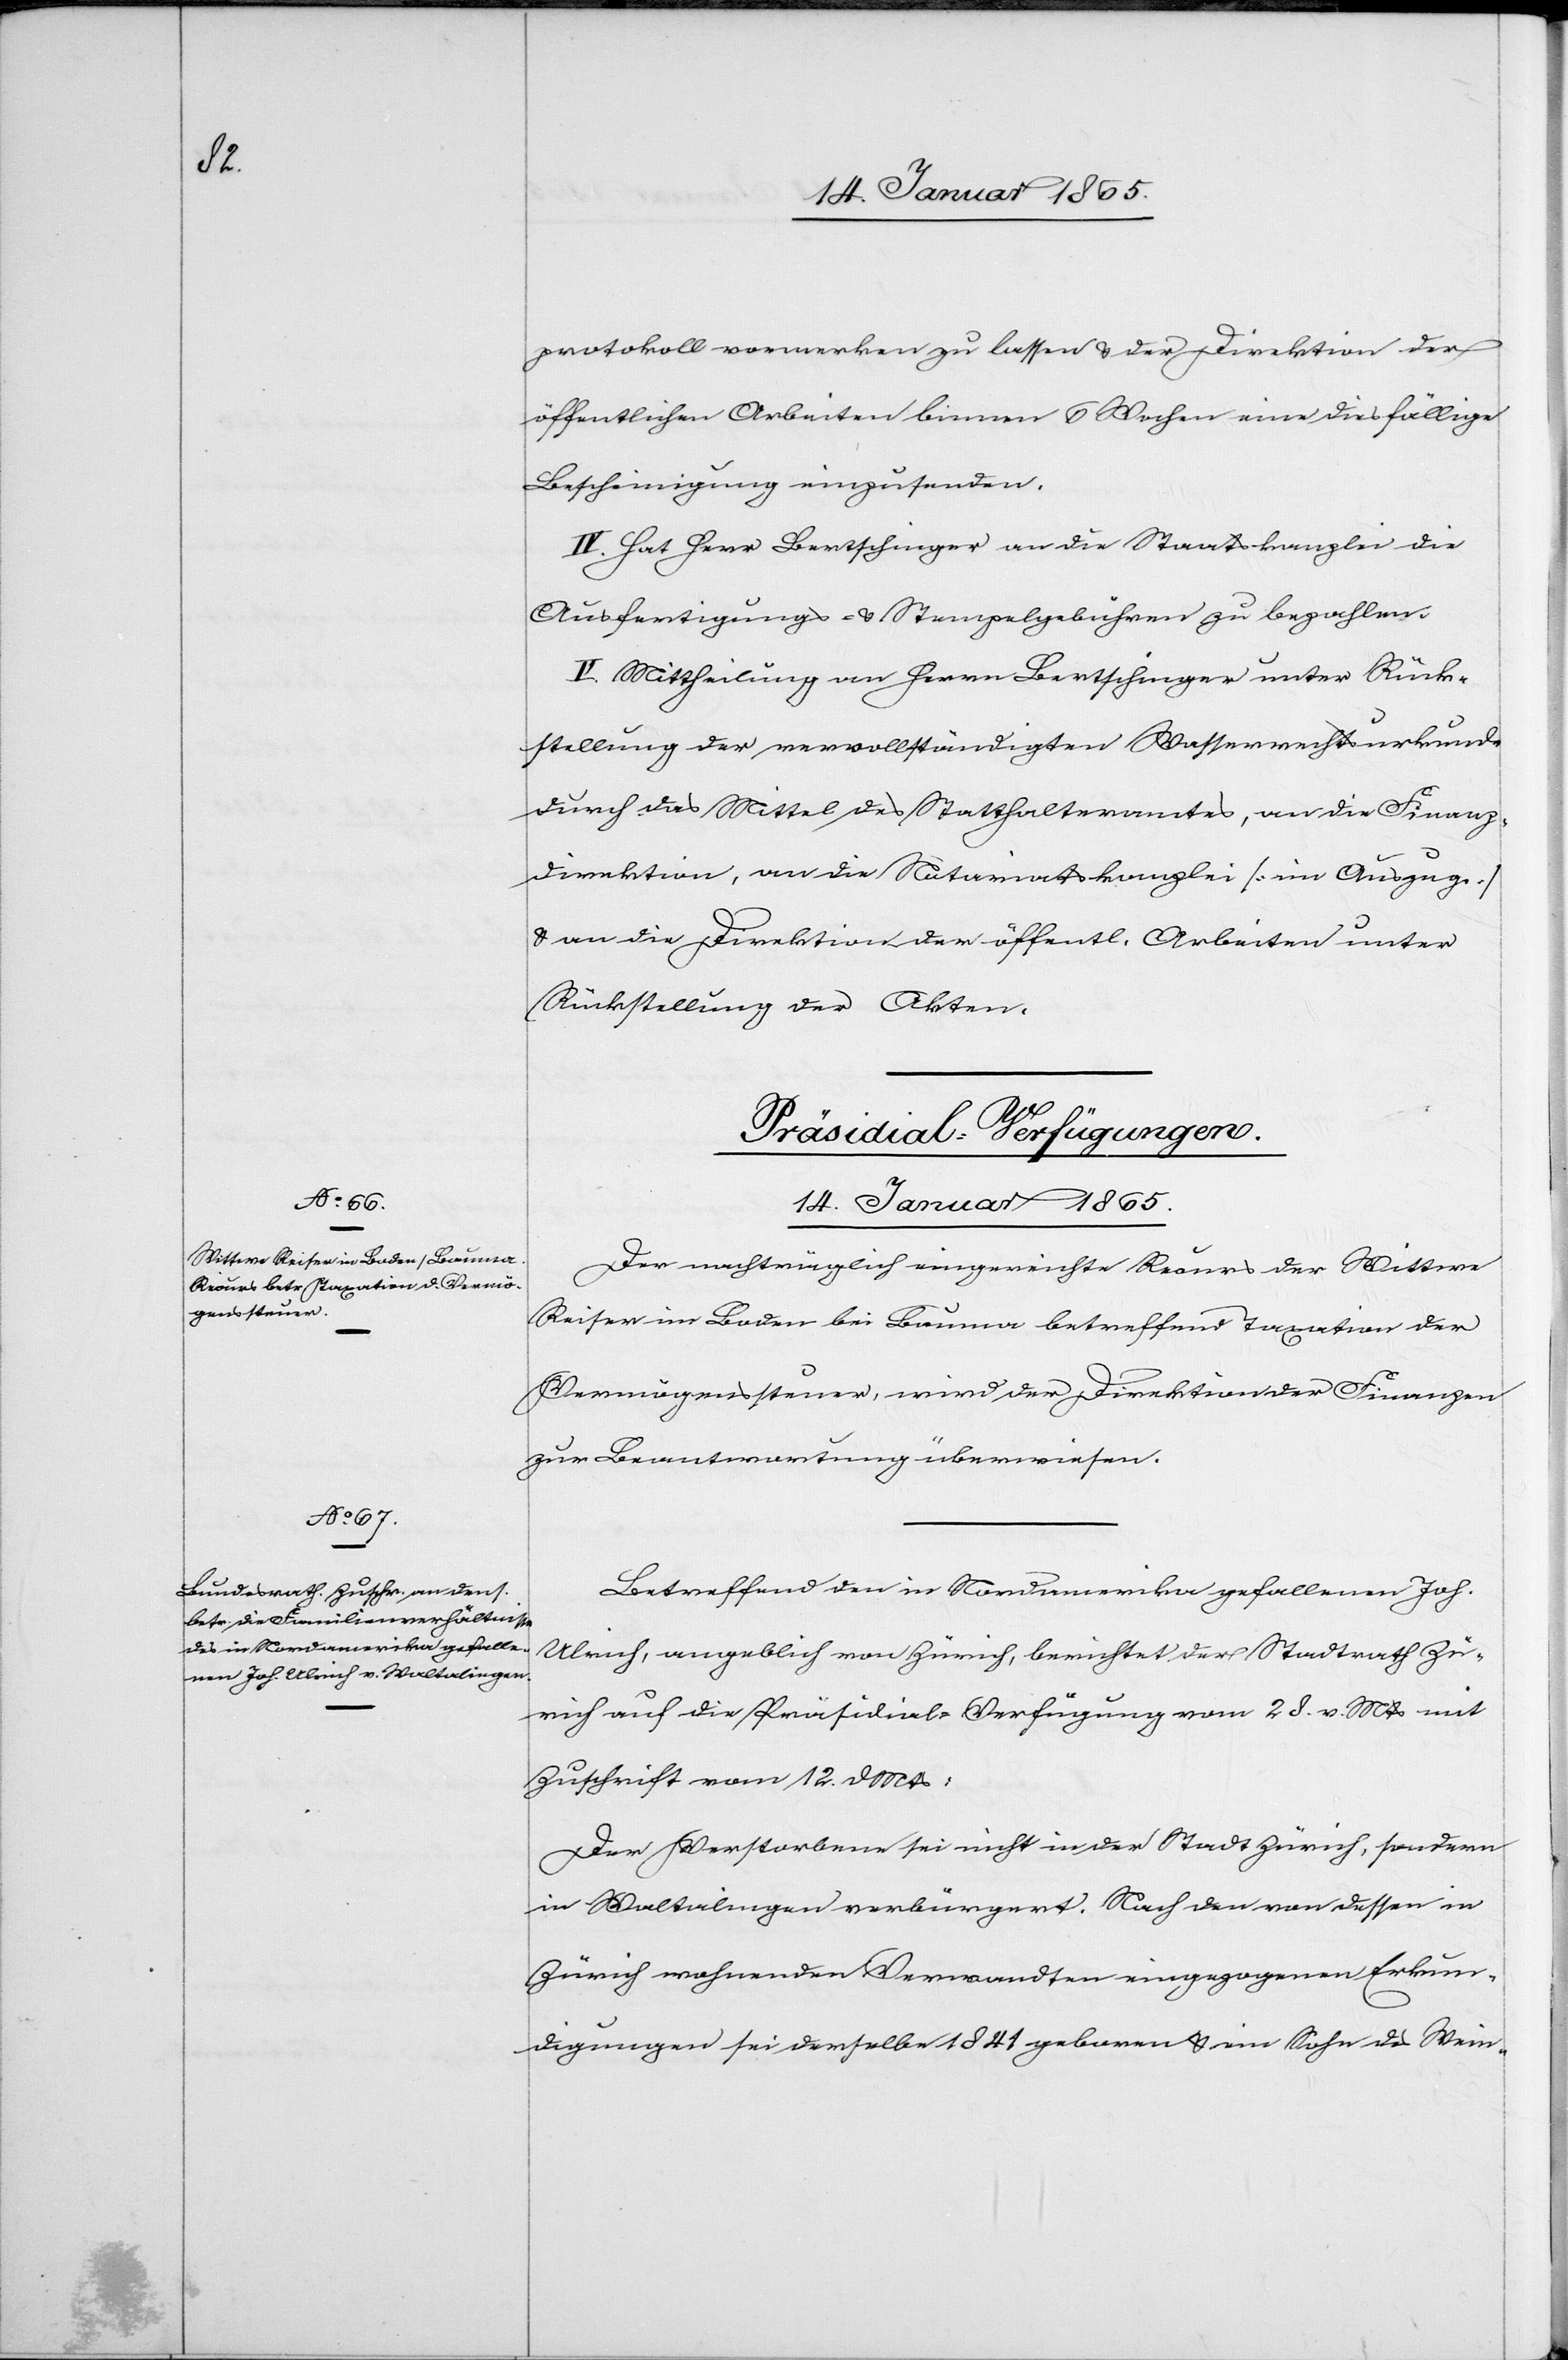
protokoll vormerken zu lassen u. der Direktion der
öffentlichen Arbeiten binnen 6 Wochen eine diesfällige
Bescheinigung einzusenden.
IV. Hat Herr Bertschinger an die Staatskanzlei die
Ausfertigungs- u. Stempelgebühren zu bezahlen.
V. Mittheilung an Herrn Bertschinger unter Rück¬
stellung der vervollständigten Wasserrechtsurkunde
durch das Mittel des Statthalteramtes, an die Finanz¬
direktion, an die Notariatskanzlei [im Auszug]
u. an die Direktion der öffentl. Arbeiten unter
Rückstellung der Akten.
[Präsidial-Verfügungen.
14. Januar 1865.]
Der nachträglich eingereichte Recurs der Wittwe
Reiser im Boden bei Bauma betreffend Taxation der
Vermögenssteuer, wird der Direktion der Finanzen
zur Beantwortung überwiesen.
Betreffend den in Nordamerika gefallenen Joh.
Ulrich, angeblich von Zürich, berichtet der Stadtrath Zü¬
rich auf die Präsidial-Verfügung vom 28. v. Mts mit
Zuschrift vom 12. d Mts:
Der Verstorbene sei nicht in der Stadt Zürich, sondern
in Waltalingen verbürgert. Nach den von dessen in
Zürich wohnenden Verwandten eingezogenen Erkun¬
digungen sei derselbe 1841 geboren u. ein Sohn des Wein-